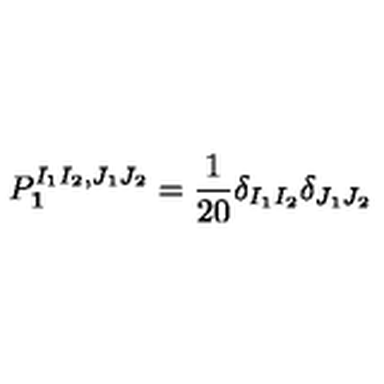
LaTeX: P _ { { \bf { 1 } } } ^ { I _ { 1 } I _ { 2 } , J _ { 1 } J _ { 2 } } = \frac { 1 } { 2 0 } \delta _ { I _ { 1 } I _ { 2 } } \delta _ { J _ { 1 } J _ { 2 } }